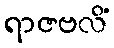
ရာဇဗလိံ